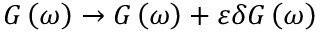
G \left( \omega \right) \to G \left( \omega \right) + \varepsilon \delta G \left( \omega \right)